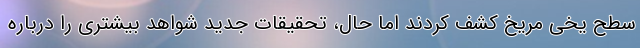
سطح یخی مریخ کشف کردند اما حال، تحقیقات جدید شواهد بیشتری را درباره